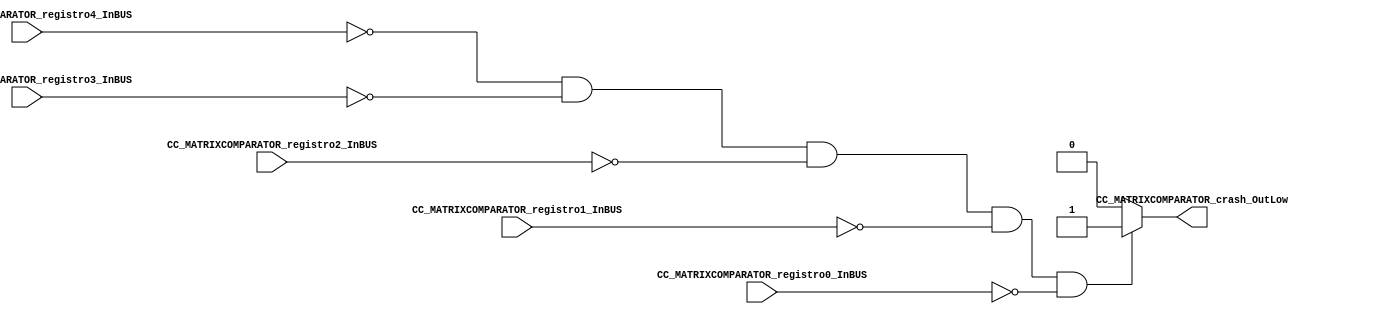
//##################PARA PERDER##########################
//####################################################################*/
//=======================================================
//  MODULE Definition
//=======================================================
module CC_MATRIXCOMPARATOR #(parameter MATRIXCOMPARATOR_DATAWIDTH=8)(
//////////// OUTPUTS //////////
	 CC_MATRIXCOMPARATOR_crash_OutLow,
//////////// INPUTS //////////
    CC_MATRIXCOMPARATOR_registro4_InBUS,
    CC_MATRIXCOMPARATOR_registro3_InBUS,
    CC_MATRIXCOMPARATOR_registro2_InBUS,
    CC_MATRIXCOMPARATOR_registro1_InBUS,
    CC_MATRIXCOMPARATOR_registro0_InBUS
);
//=======================================================
//  PARAMETER declarations
//=======================================================

//=======================================================
//  PORT declarations
//=======================================================
output	reg CC_MATRIXCOMPARATOR_crash_OutLow;
input 	[MATRIXCOMPARATOR_DATAWIDTH-1:0] CC_MATRIXCOMPARATOR_registro4_InBUS;
input 	[MATRIXCOMPARATOR_DATAWIDTH-1:0] CC_MATRIXCOMPARATOR_registro3_InBUS;
input 	[MATRIXCOMPARATOR_DATAWIDTH-1:0] CC_MATRIXCOMPARATOR_registro2_InBUS;
input 	[MATRIXCOMPARATOR_DATAWIDTH-1:0] CC_MATRIXCOMPARATOR_registro1_InBUS;
input 	[MATRIXCOMPARATOR_DATAWIDTH-1:0] CC_MATRIXCOMPARATOR_registro0_InBUS;
//=======================================================
//  REG/WIRE declarations
//=======================================================
//=======================================================
//  Structural coding
//=======================================================
always @(*)
begin
	if((CC_MATRIXCOMPARATOR_registro4_InBUS == 8'b00000000)&(CC_MATRIXCOMPARATOR_registro3_InBUS == 8'b00000000)&(CC_MATRIXCOMPARATOR_registro2_InBUS == 8'b00000000)&(CC_MATRIXCOMPARATOR_registro1_InBUS == 8'b00000000)&(CC_MATRIXCOMPARATOR_registro0_InBUS == 8'b00000000))
		CC_MATRIXCOMPARATOR_crash_OutLow = 1'b1;
	else 
		CC_MATRIXCOMPARATOR_crash_OutLow = 1'b0;
end

endmodule